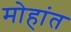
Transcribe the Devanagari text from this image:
मोहांत